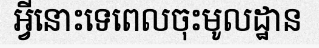
អ្វីនោះទេពេលចុះមូលដ្ឋាន